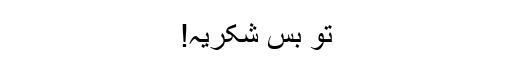
تو بس شکریہ!